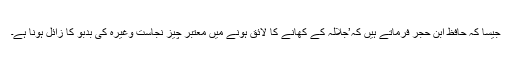
جیسا کہ حافظ ابن حجر فرماتے ہیں کہ’جلالہ کے کھانے کا لائق ہونے میں معتبر چیز نجاست وغیرہ کی بدبو کا زائل ہونا ہے۔